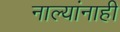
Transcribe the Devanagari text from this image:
नाल्यांनाही